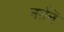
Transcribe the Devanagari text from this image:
नर्तनें